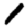
Digit: 1